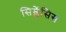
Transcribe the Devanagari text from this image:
सिम्लेंसिस